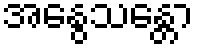
အနွေသန္တော